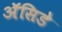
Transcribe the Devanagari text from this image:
ॲसिडे